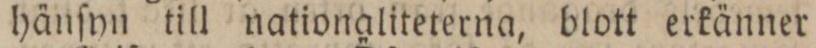
hänſyn till nationaliteterna, blott erkänner